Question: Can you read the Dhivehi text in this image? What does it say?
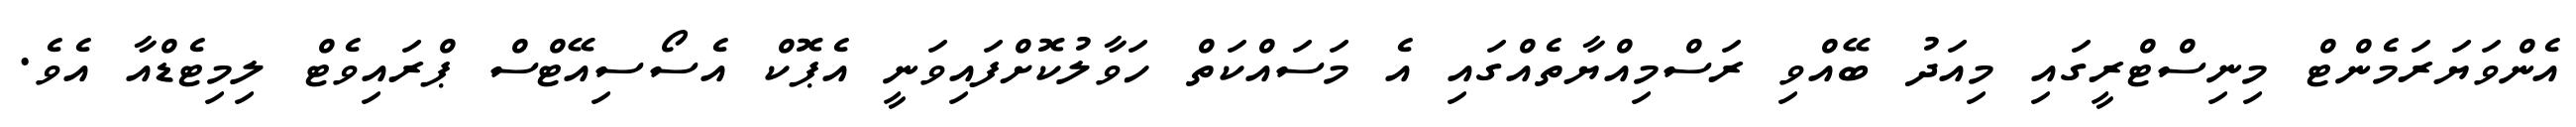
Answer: އެންވަޔަރަމެންޓް މިނިސްޓްރީގައި މިއަދު ބޭއްވި ރަސްމިއްޔާތެއްގައި އެ މަސައްކަތް ހަވާލުކޮށްފައިވަނީ އެޕޮކް އެސޯސިއޭޓްސް ޕްރައިވެޓް ލިމިޓެޑްއާ އެވެ.